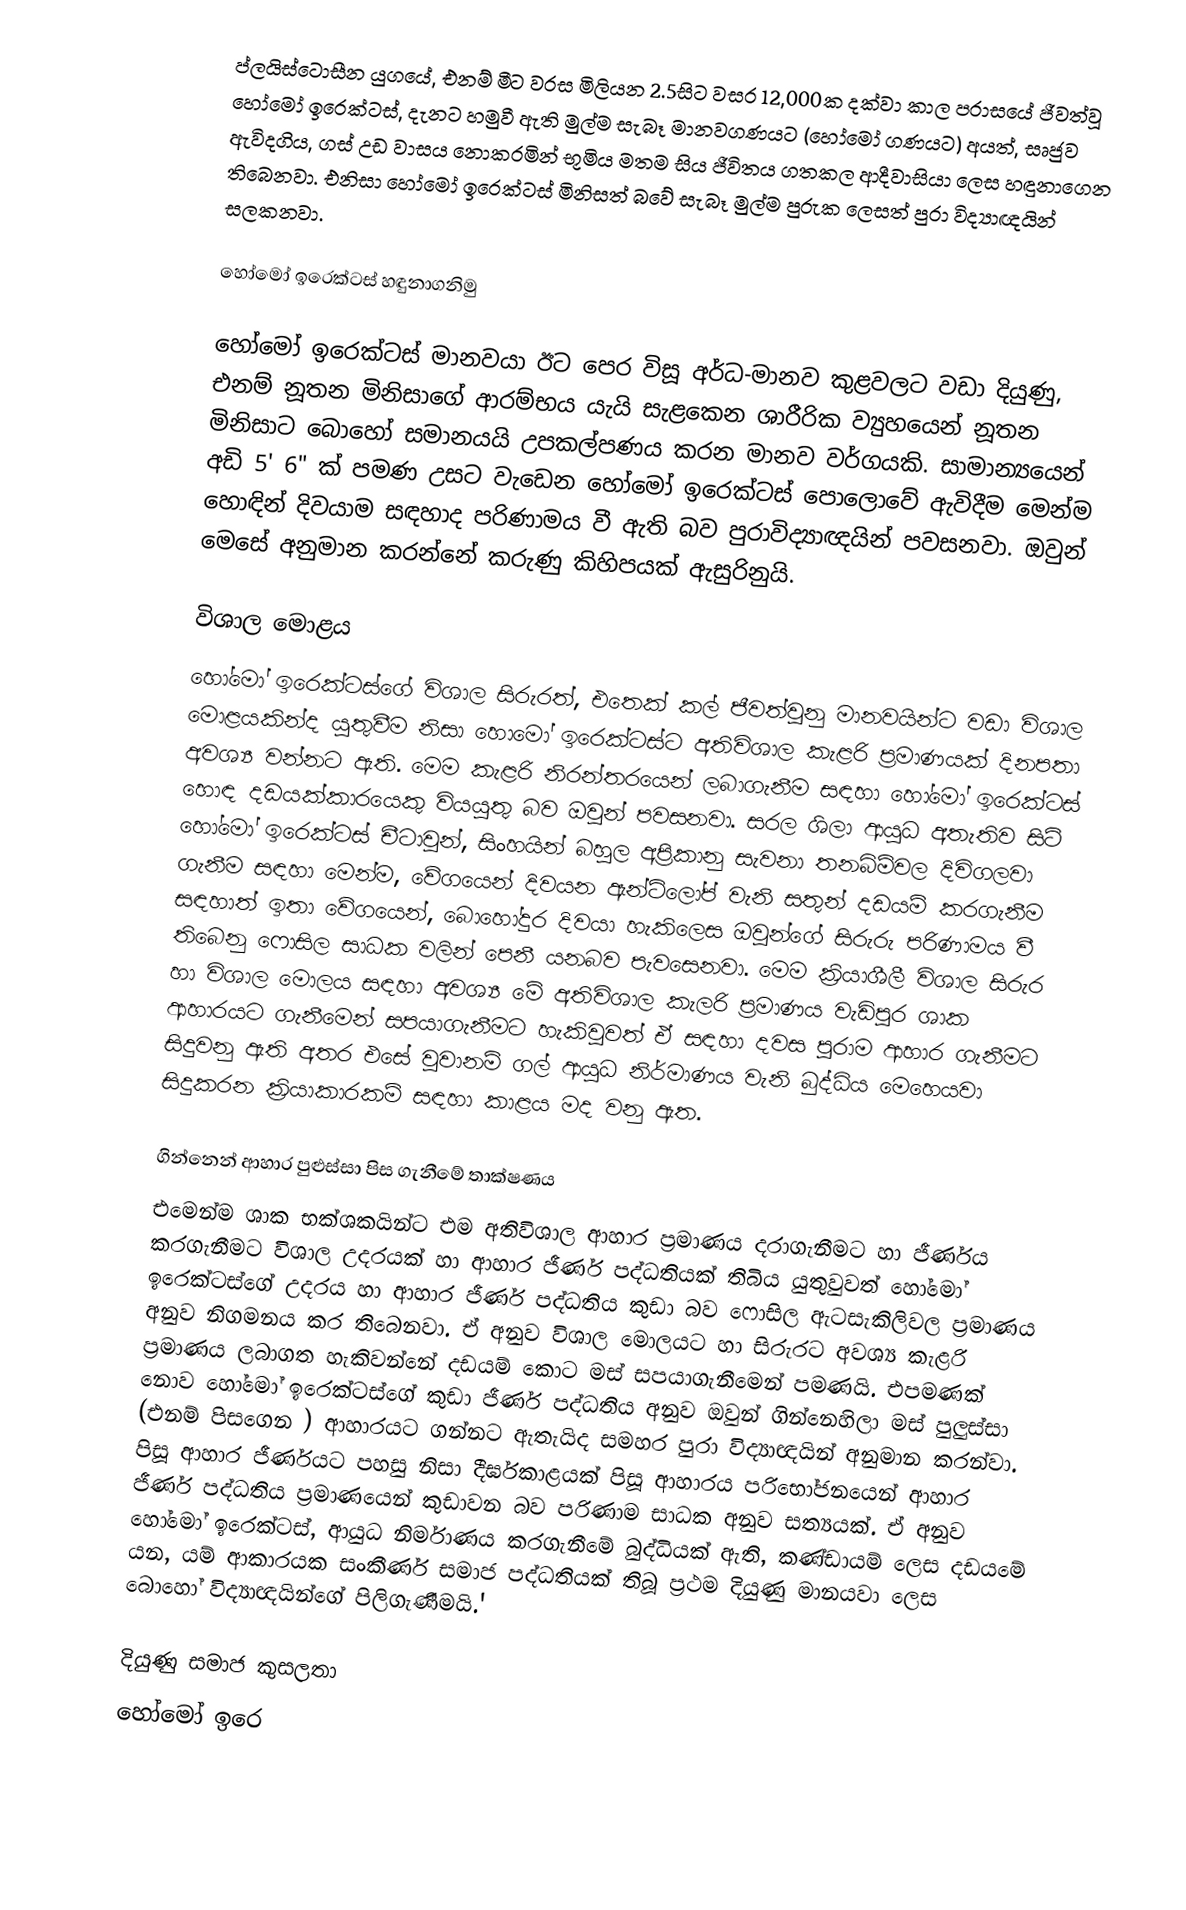
ප්ලයිස්ටොසීන යුගයේ, එනම් මීට වරස මිලියන 2.5සිට වසර 12,000ක දක්වා කාල පරාසයේ ජීවත්වූ හෝමෝ ඉරෙක්ටස්, දැනට හමුවී ඇති මුල්ම සැබෑ මානවගණයට (හෝමෝ ගණයට) අයත්, සෘජුව ඇවිදගිය, ගස් උඩ වාසය නොකරමින් භූමිය මතම සිය ජීවිතය ගතකල ආදීවාසියා ලෙස හඳුනාගෙන තිබෙනවා. එනිසා හෝමෝ ඉරෙක්ටස් මිනිසත් බවේ සැබෑ මුල්ම පුරුක ලෙසත් පුරා විද්‍යාඥයින් සලකනවා.

හෝමෝ ඉරෙක්ටස් හඳුනාගනිමු

හෝමෝ ඉරෙක්ටස් මානවයා ඊට පෙර විසූ අර්ධ-මානව කුළවලට වඩා දියුණු, එනම් නූතන මිනිසාගේ ආරම්භය යැයි සැළකෙන ශාරීරික ව්‍යුහයෙන් නූතන මිනිසාට බොහෝ සමානයයි උපකල්පණය කරන මානව වර්ගයකි. සාමාන්‍යයෙන් අඩි 5' 6" ක් පමණ උසට වැඩෙන හෝමෝ ඉරෙක්ටස් පොලොවේ ඇවිදීම මෙන්ම හොඳින් දිවයාම සඳහාද පරිණාමය වී ඇති බව පුරාවිද්‍යාඥයින් පවසනවා. ඔවුන් මෙසේ අනුමාන කරන්නේ කරුණු කිහිපයක් ඇසුරිනුයි.

විශාල මොළය
හෝමෝ ඉරෙක්ටස්ගේ විශාල සිරුරත්, එතෙක් කල් ජීවත්වුනු මානවයින්ට වඩා විශාල මොළයකින්ද යුතුවීම නිසා හොමෝ ඉරෙක්ටස්ට අතිවිශාල කැළරි ප්‍රමාණයක් දිනපතා අවශ්‍ය වන්නට ඇති. මෙම කැළරි නිරන්තරයෙන් ලබාගැනීම සඳහා හෝමෝ ඉරෙක්ටස් හොඳ දඩයක්කාරයෙකු වියයුතු බව ඔවුන් පවසනවා. සරල ශිලා ආයුධ අතැතිව සිටි හෝමෝ ඉරෙක්ටස් චීටාවුන්, සිංහයින් බහුල අප්‍රිකානු සැවනා තනබිම්වල දිවිගලවා ගැනීම සඳහා මෙන්ම, වේගයෙන් දිවයන ඇන්ටිලෝප් වැනි සතුන් දඩයම් කරගැනීම සඳහාත් ඉතා වේගයෙන්, බොහෝදුර දිවයා හැකිලෙස ඔවුන්ගේ සිරුරු පරිණාමය වී තිබෙනු ෆොසිල සාධක වලින් පෙනී යනබව පැවසෙනවා. මෙම ක්‍රියාශීලී විශාල සිරුර හා විශාල මොලය සඳහා අවශ්‍ය මේ අතිවිශාල කැලරි ප්‍රමාණය වැඩිපුර ශාක ආහාරයට ගැනීමෙන්  සපයාගැනීමට හැකිවුවත් ඒ සඳහා දවස පුරාම ආහාර ගැනීමට සිදුවනු ඇති අතර එසේ වූවානම් ගල් ආයුධ නිර්මාණය වැනි බුද්ධිය මෙහෙයවා සිදුකරන ක්‍රියාකාරකම් සඳහා කාළය මද වනු ඇත.

ගින්නෙන් ආහාර පුළුස්සා පිස ගැනීමේ තාක්ෂණය
එමෙන්ම ශාක භක්ශකයින්ට එම අතිවිශාල ආහාර ප්‍රමාණය දරාගැනීමට හා ජීර්ණය කරගැනීමට විශාල උදරයක් හා ආහාර ජීර්ණ පද්ධතියක් තිබිය යුතුවුවත් හෝමෝ ඉරෙක්ටස්ගේ උදරය හා ආහාර ජීර්ණ පද්ධතිය කුඩා බව ෆොසිල ඇටසැකිලිවල ප්‍රමාණය අනුව නිගමනය කර තිබෙනවා. ඒ අනුව විශාල මොලයට හා සිරුරට අවශ්‍ය කැළරි ප්‍රමාණය ලබාගත හැකිවන්නේ දඩයම් කොට මස් සපයාගැනීමෙන් පමණයි. එපමණක් නොව හෝමෝ ඉරෙක්ටස්ගේ කුඩා ජීර්ණ පද්ධතිය අනුව ඔවුන් ගින්නෙහිලා මස් පුලුස්සා (එනම් පිසගෙන ) ආහාරයට ගන්නට ඇතැයිද සමහර පුරා විද්‍යාඥයින් අනුමාන කරන්වා. පිසූ ආහාර ජීර්ණයට පහසු නිසා දීර්ඝකාළයක් පිසූ ආහාරය පරිභෝජනයෙන් ආහාර ජීර්ණ පද්ධතිය ප්‍රමාණයෙන් කුඩාවන බව පරිණාම සාධක අනුව සත්‍යයක්. ඒ අනුව හෝමෝ ඉරෙක්ටස්, ආයුධ නිර්මාණය කරගැනීමේ බුද්ධියක්  ඇති, කණ්ඩායම් ලෙස දඩයමේ යන, යම් ආකාරයක සංකීර්ණ සමාජ පද්ධතියක් තිබූ ප්‍රථම දියුණු මානයවා ලෙස බොහෝ විද්‍යාඥයින්ගේ පිලිගැණීමයි.'

දියුණු සමාජ කුසලතා
හෝමෝ ඉරෙ